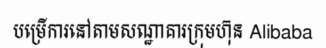
បម្រើការនៅតាមសណ្ឋាគារក្រុមហ៊ុន Alibaba